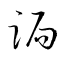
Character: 跼